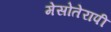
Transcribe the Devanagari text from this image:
मेसोतेरापी